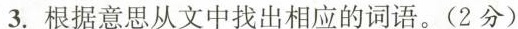
3.根据意思从文中找出相应的词语。(2分)